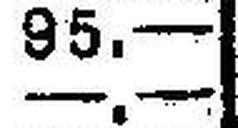
—.—